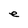
Character: e